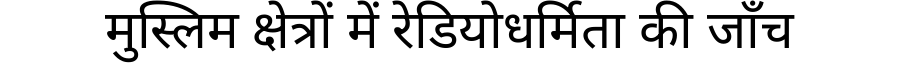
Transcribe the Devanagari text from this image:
मुस्लिम क्षेत्रों में रेडियोधर्मिता की जाँच